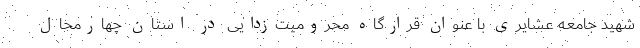
شهید جامعه عشایری با عنوان قرارگاه محرومیت‌زدایی در استان چهارمحال